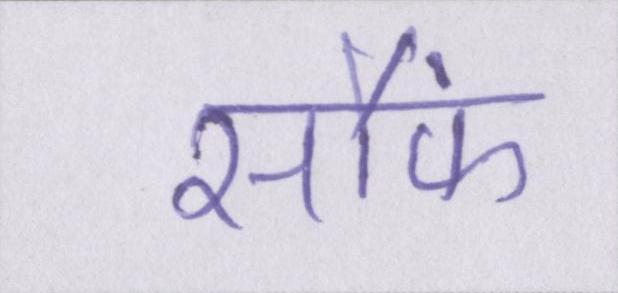
सौंफ